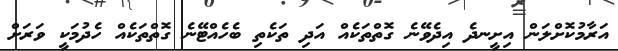
އަރާމުކޮށްލަން އިށީނދެ އިދެވޭނެ ގޮތްތަކެއް އަދި ތަކެތި ބެހެއްޓޭނެ ގޮތްތަކެއް ހެދުމަކީ ވަރަށް